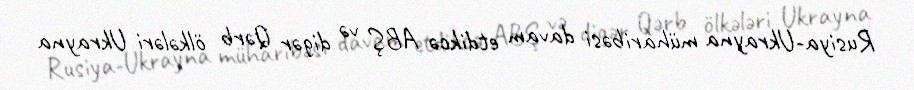
Rusiya-Ukrayna müharibəsi davam etdikcə ABŞ və digər Qərb ölkələri Ukrayna